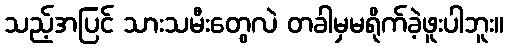
သည့်အပြင် သားသမီးတွေလဲ တခါမှမရိုက်ခဲ့ဖူးပါဘူး။